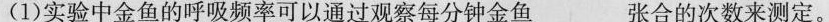
(1)实验中金鱼的呼吸频率可以通过观察每分钟金鱼___张合的次数来测定。